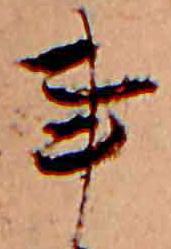
事